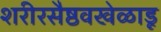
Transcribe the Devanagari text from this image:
शरीरसैष्ठवखेळाडू